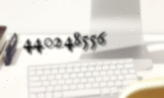
440248556